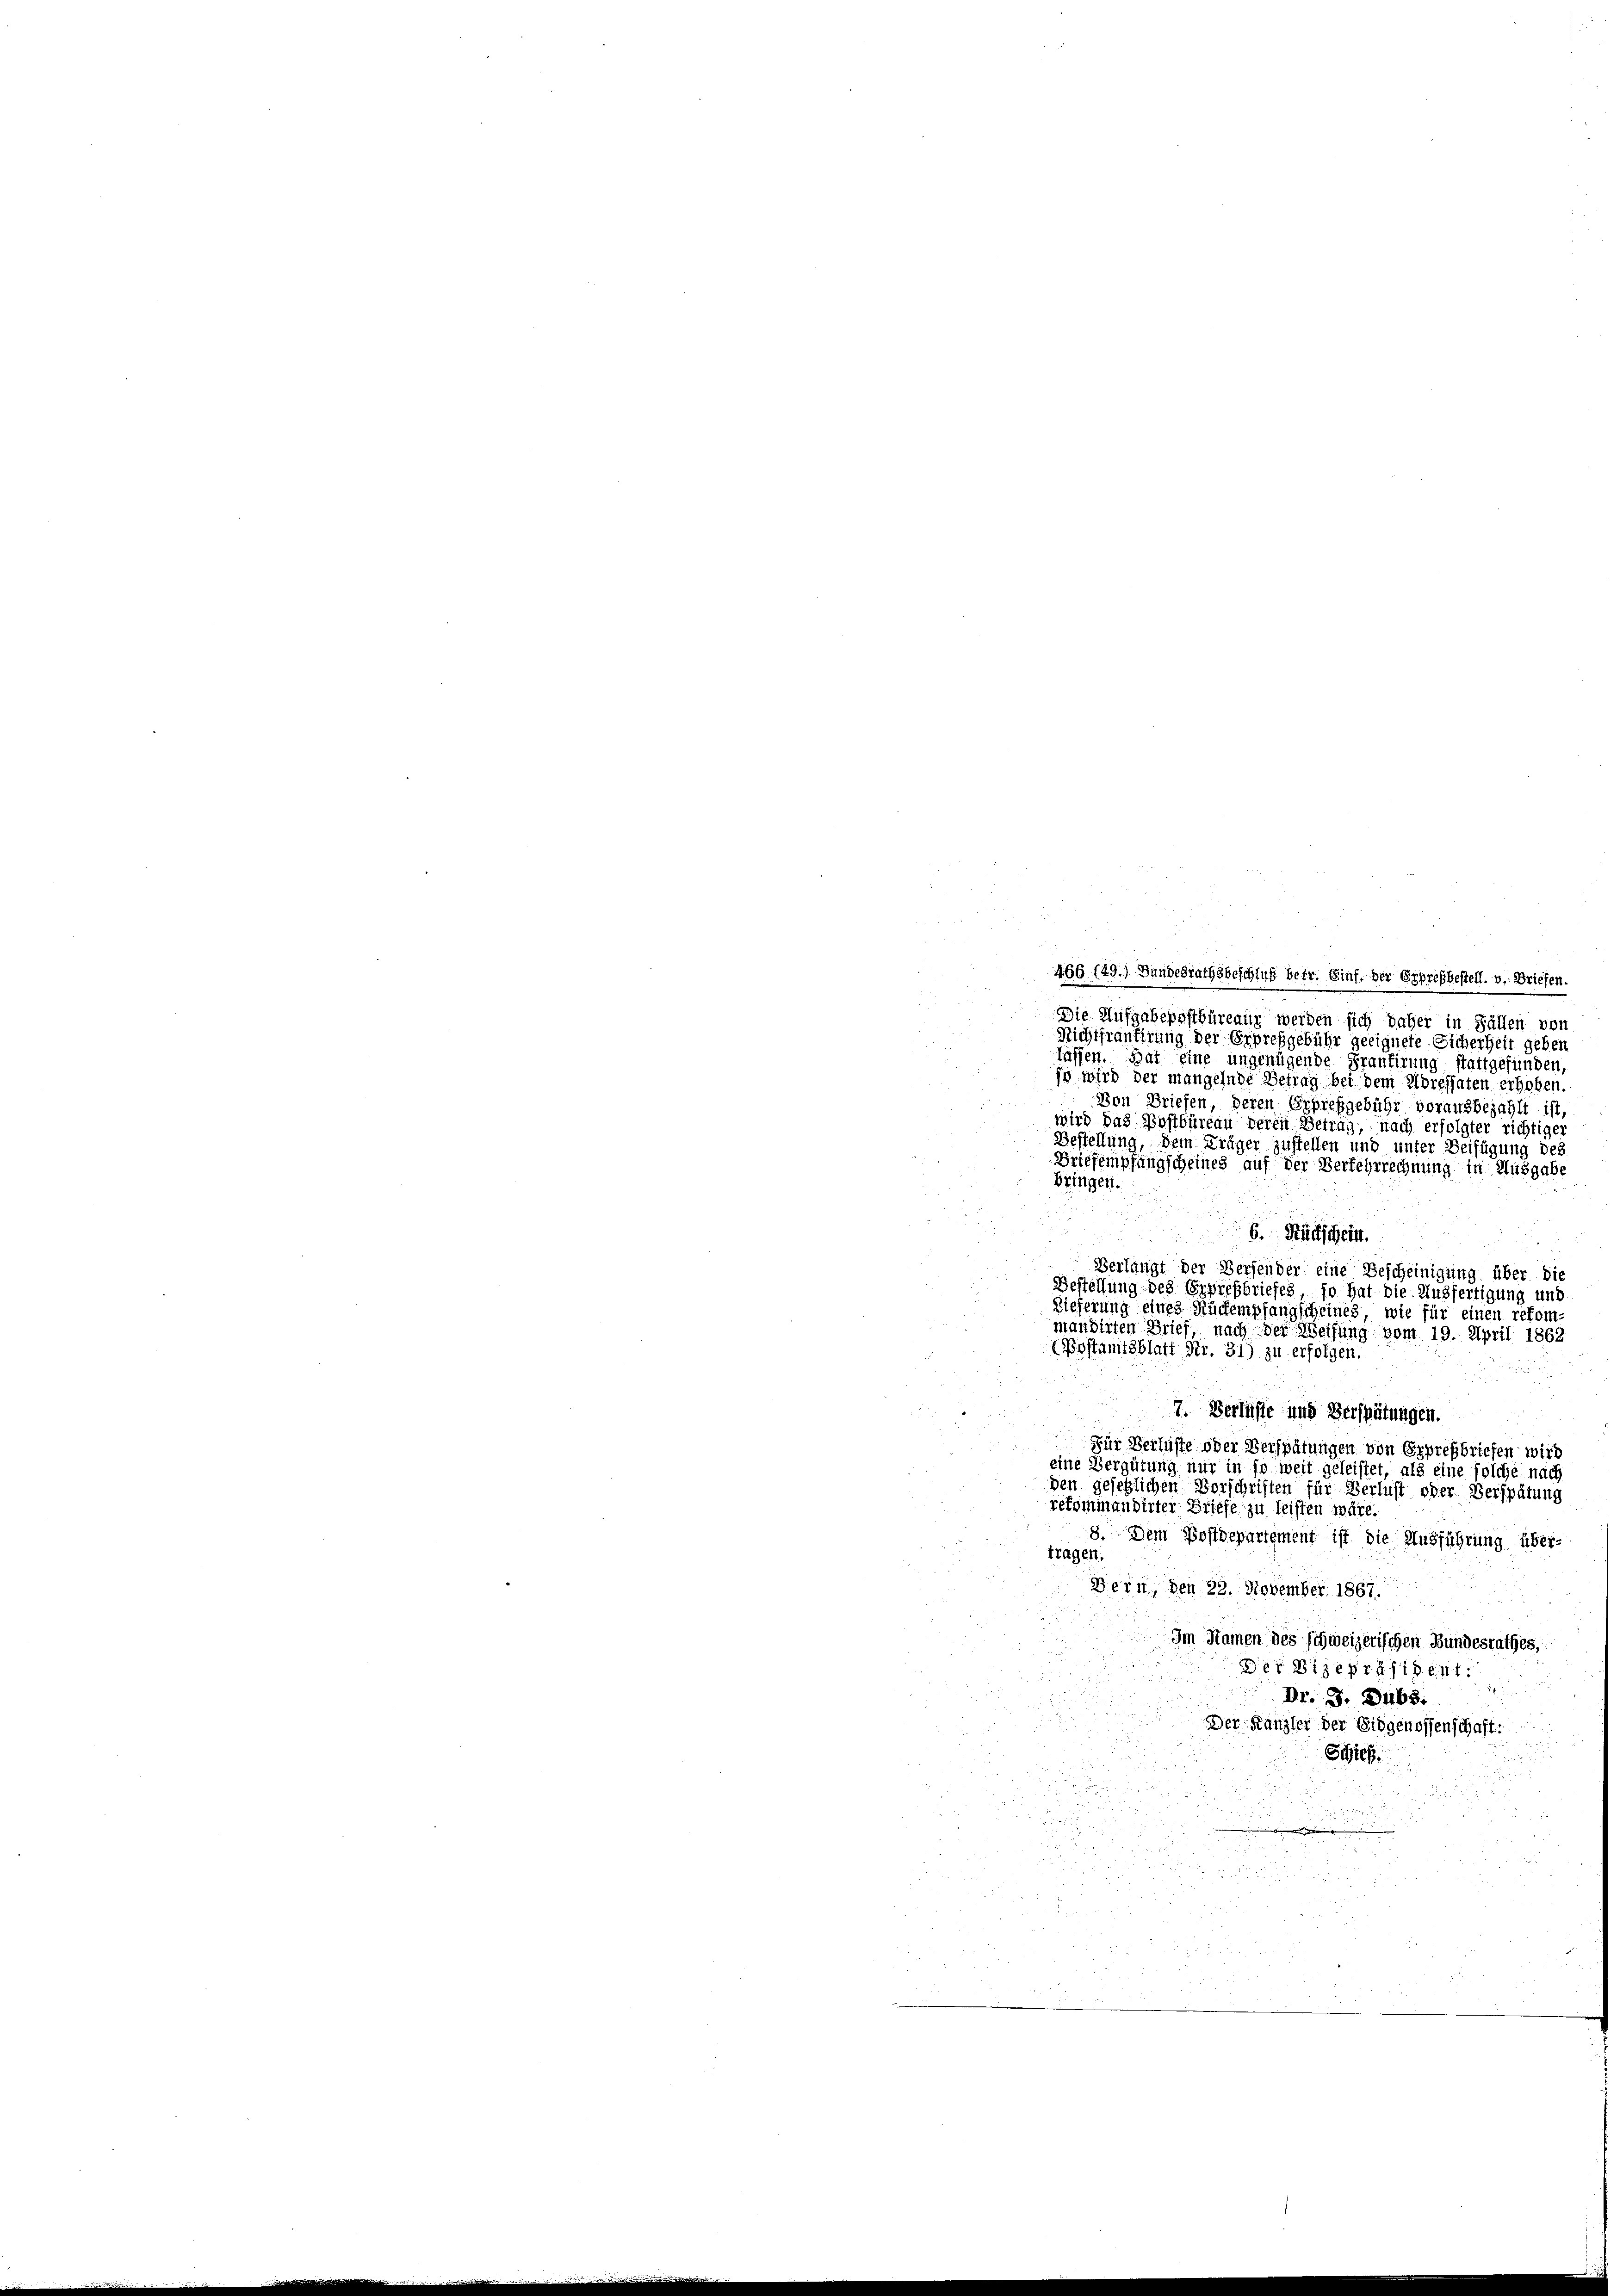
466 (49.) Hundesrathsbeschluß betr. Einf. der Erpresbestell. v. Briefen
Die Aufgabepostbüreaur werden sich daher in Fällen von
Richtfrantirung der Erpreßgebühr geeignete Sicherheit geben
lassen. Hat eine ungenügende Prantirung stattgefünden,
se wird der mangelnde Betrag bei dem Adressaten erhoben.
Von Briefen, deren Eppresgebühr vorausbezahlt ist,
wird das Postbüreau deren Betrag, nach erfolgter richtiger
Bestellung, dem Träger zustellen und unter Beifügung des
Briefempfangscheines auf der Verfehrrechnung in Ausgabe
Bringen.
6. Rückschein.
Verlangt der Versender eine Bescheinigung über die
Bestellung des Erziehbriefes, so hat die Ausfertigung und
Lieferung eines Rückempfangscheines, wie für einen refom
mandirten Brief, nach der Weisung vom 19. April 1862
Pestamtsblatt Nr. 31) zu erfolgen.
u
7. Verlüsse und Verspätungen.
Für Verluste oder Verspätungen von Eppressbriefen wird
eine Vergütung nur in so weit geleistet, als eine solche nach
den gesetzlichen Vorschriften für Verlust oder Verspätung
rekommandirter Briefe zu leisten wäre.
8. Dem Postdepartement ist die Ausführung über-
tragen.
Bern, den 22. November 1867.
Im Namen des schweizerischen Bundesrathes,
Der Vizepräsident.
Dr. J. 168.
Der Kanzler der Eidgenossenschaft:
Schich
s